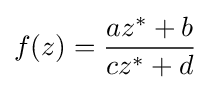
f(z)={\frac {az^{*}+b}{cz^{*}+d}}